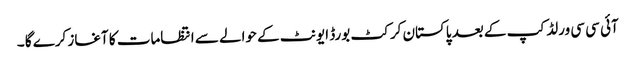
آئی سی سی ورلڈ کپ کے بعد پاکستان کرکٹ بورڈ ایونٹ کے حوالے سے انتظامات کا آغاز کرے گا ۔